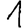
Digit: 1